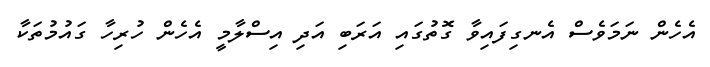
އެހެން ނަމަވެސް އެނގިފައިވާ ގޮތުގައި އަރަބި އަދި އިސްލާމީ އެހެން ހުރިހާ ގައުމުތަކާ